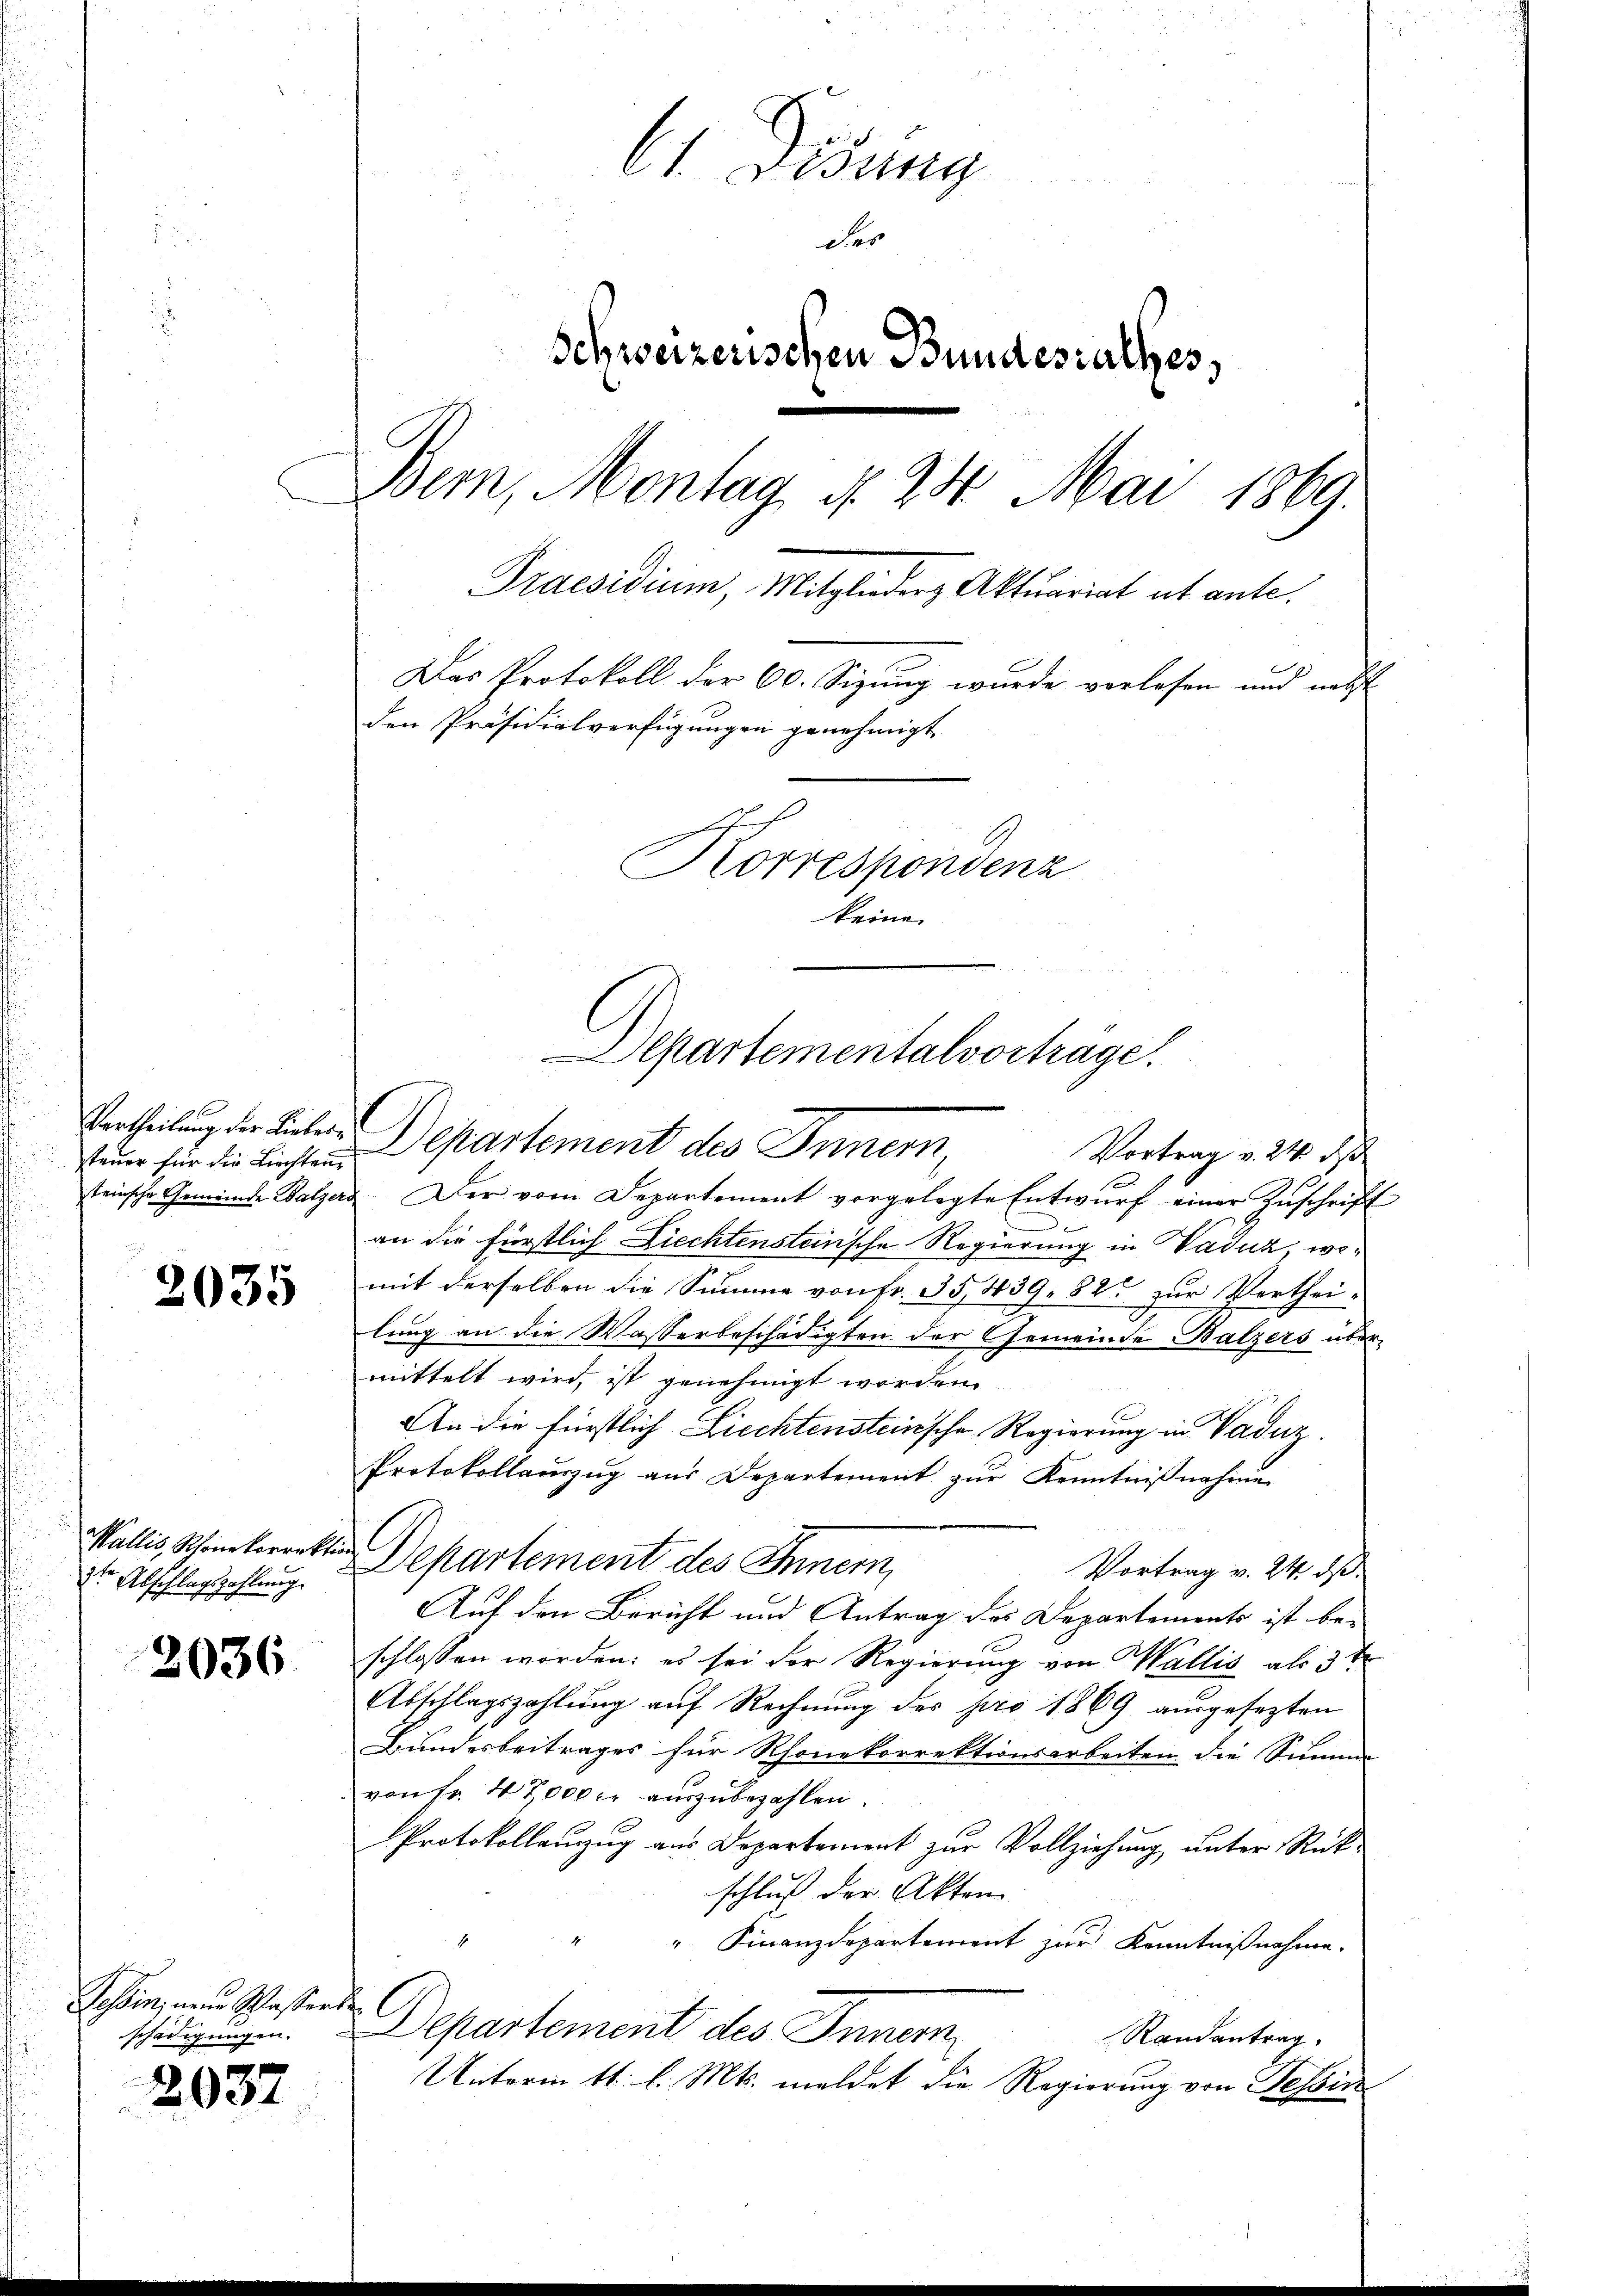
steuer für die Liechten
teinsche Gemeinde Balze

2035

Wallis, Schöne korrekte
2ten Abschlagszahlung.

2036.

Tessin, neue Schlasserte

2037

61. Disung
der
Schweizerischen Bundesrathes,
Bern, Montag, d. 24. Mai 1869.
Praesidium, Mitglieder Aktuariat et ante.
Das Protokoll der 60. Sizung wurde vorlesen und nebst
den Präsidialverfügungen genehmigt
Korrespondenz
keine

Aepartementalvortrage.
Vertheilung der Liebe Departement des Innern,

Vortrag v. 21. ds
ad Der vom Departement vorgelegte Entwŭrf einer Zŭschrift
an die Fürstlich Liechtensteinsche Regierung in Vaduk, womit derselben die Summe von Fr. 35, 439. 82 zur Verthei-
lung an die Wasserbeschädigten der Gemeinde Balzers übermittelt wird, ist genehmigt worden
An die fürstlich Liechtensteinsche Regierung in Vaduz.
Protokollauszug aus Departement zur Kenntnißnahme
a
Departement des Innern,
Vortrag v. 24. ds
Auf den Bericht und Antrag des Departements ist be-
schlossen worden: es sei der Regierung von Wallis als 3 te
Abschlagszahlung auf Rechnung des pro 1869 ausgesezten
Bundesbeitrages für Rhonekorrektionsarbeiten die Summe
von Fr. 47000 er auszubezahlen.
Protokollauzug aus Departement zur Vollziehung unter Rückschluß der Akten
" Finanzdepartement zur Kenntnißnahme.
schädigungen. Departement des Innern
Randantrag.
Unterm 11. l. Mts. meldet die Regierung von Tessin